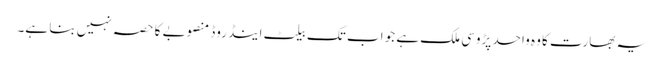
یہ بھارت کا وہ واحد پڑوسی ملک ہے جو اب تک بیلٹ اینڈ روڈ منصوبے کا حصہ نہیں بنا ہے۔